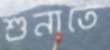
শুনাতে